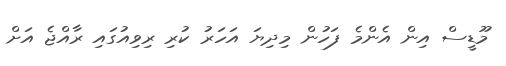
މޫޑީސް އިން އެންމެ ފަހުން މިދިޔަ އަހަރު ކުރި ރިވިއުގައި ރާއްޖެ އަށް